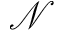
\mathcal { N }